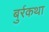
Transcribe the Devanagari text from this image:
बुर्रकथा